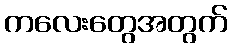
ကလေးတွေအတွက်